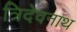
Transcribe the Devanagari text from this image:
त्रिदेवनाथ